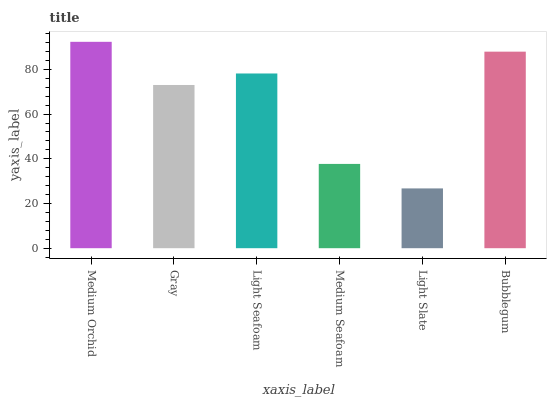
| xaxis_label | bars |
 | --- | --- |
 | Medium Orchid | 92.3 |
 | Gray | 73 |
 | Light Seafoam | 78.2 |
 | Medium Seafoam | 37.7 |
 | Light Slate | 26.7 |
 | Bubblegum | 87.9 |